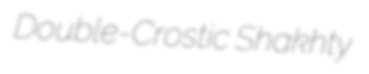
Double-Crostic Shakhty